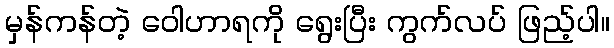
မှန်ကန်တဲ့ ဝေါဟာရကို ရွေးပြီး ကွက်လပ် ဖြည့်ပါ။